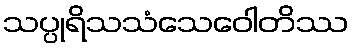
သပ္ပုရိသသံသေဝေါတိဿ